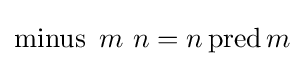
\operatorname {minus} \ m\ n=n\operatorname {pred} m